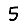
Digit: 5